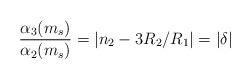
LaTeX: \begin{align*}\frac{\alpha_3(m_s)}{\alpha_2(m_s)}=|n_2 -3R_2/R_1| = |\delta|\end{align*}